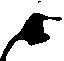
候